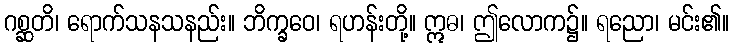
ဂစ္ဆတိ၊ ရောက်သနသနည်း။ ဘိက္ခဝေ၊ ရဟန်းတို့။ ဣဓ၊ ဤလောက၌။ ရညော၊ မင်း၏။